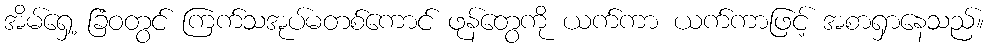
အိမ်ရှေ့ ခြံဝတွင် ကြက်သအုပ်မတစ်ကောင် ဖုန်တွေကို ယက်ကာ ယက်ကာဖြင့် အစာရှာနေသည်။